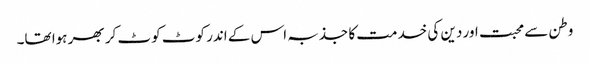
وطن سے محبت اور دین کی خدمت کا جذبہ اس کے اندر کوٹ کوٹ کر بھر ہوا تھا۔